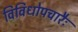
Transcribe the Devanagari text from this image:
विविधोपचारैः